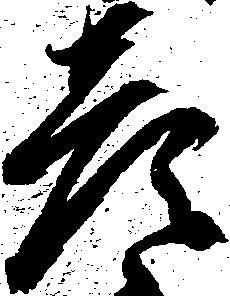
彦